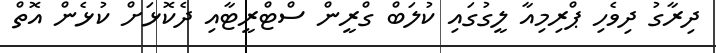
ދިރާގު ދިވެހި ޕްރިމިއާ ލީގުގައި ކުލަބް ގްރީން ސްޓްރީޓާއި ދެކޮޅަށް ކުޅެން އޮތް